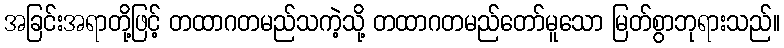
အခြင်းအရာတို့ဖြင့် တထာဂတမည်သကဲ့သို့ တထာဂတမည်တော်မူသော မြတ်စွာဘုရားသည်။